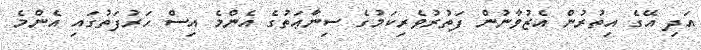
އަދި އޭގެ އިތުރުން އެޒުވާނުން ފަތުރުވެރިކަމުގެ ސިނާޢަތުގެ އެންމެ އިސް ހަރުފަތުގައި އެންމެ